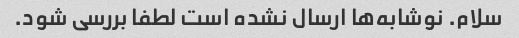
سلام. نوشابه‌ها ارسال نشده است لطفا بررسی شود.